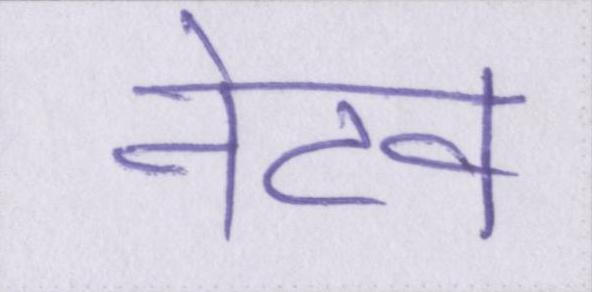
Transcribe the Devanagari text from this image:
नेटव